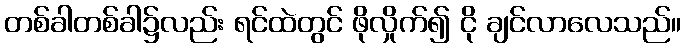
တစ်ခါတစ်ခါ၌လည်း ရင်ထဲတွင် ဖိုလှိုက်၍ ငို ချင်လာလေသည်။